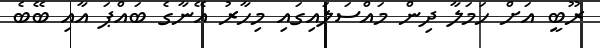
ރޫބީ އަށް ހަމަލާ ދިން މައްސަލައިގައި މިހާރު އޭނާގެ ބައްޕަ އާއި ބޭބެ